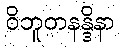
ဝိဘူတနန္ဒိနာ